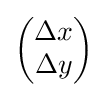
{\begin{pmatrix}\Delta x\\\Delta y\end{pmatrix}}